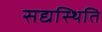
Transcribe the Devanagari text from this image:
सद्यस्थिति